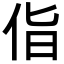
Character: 𪜵